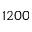
1 2 0 0